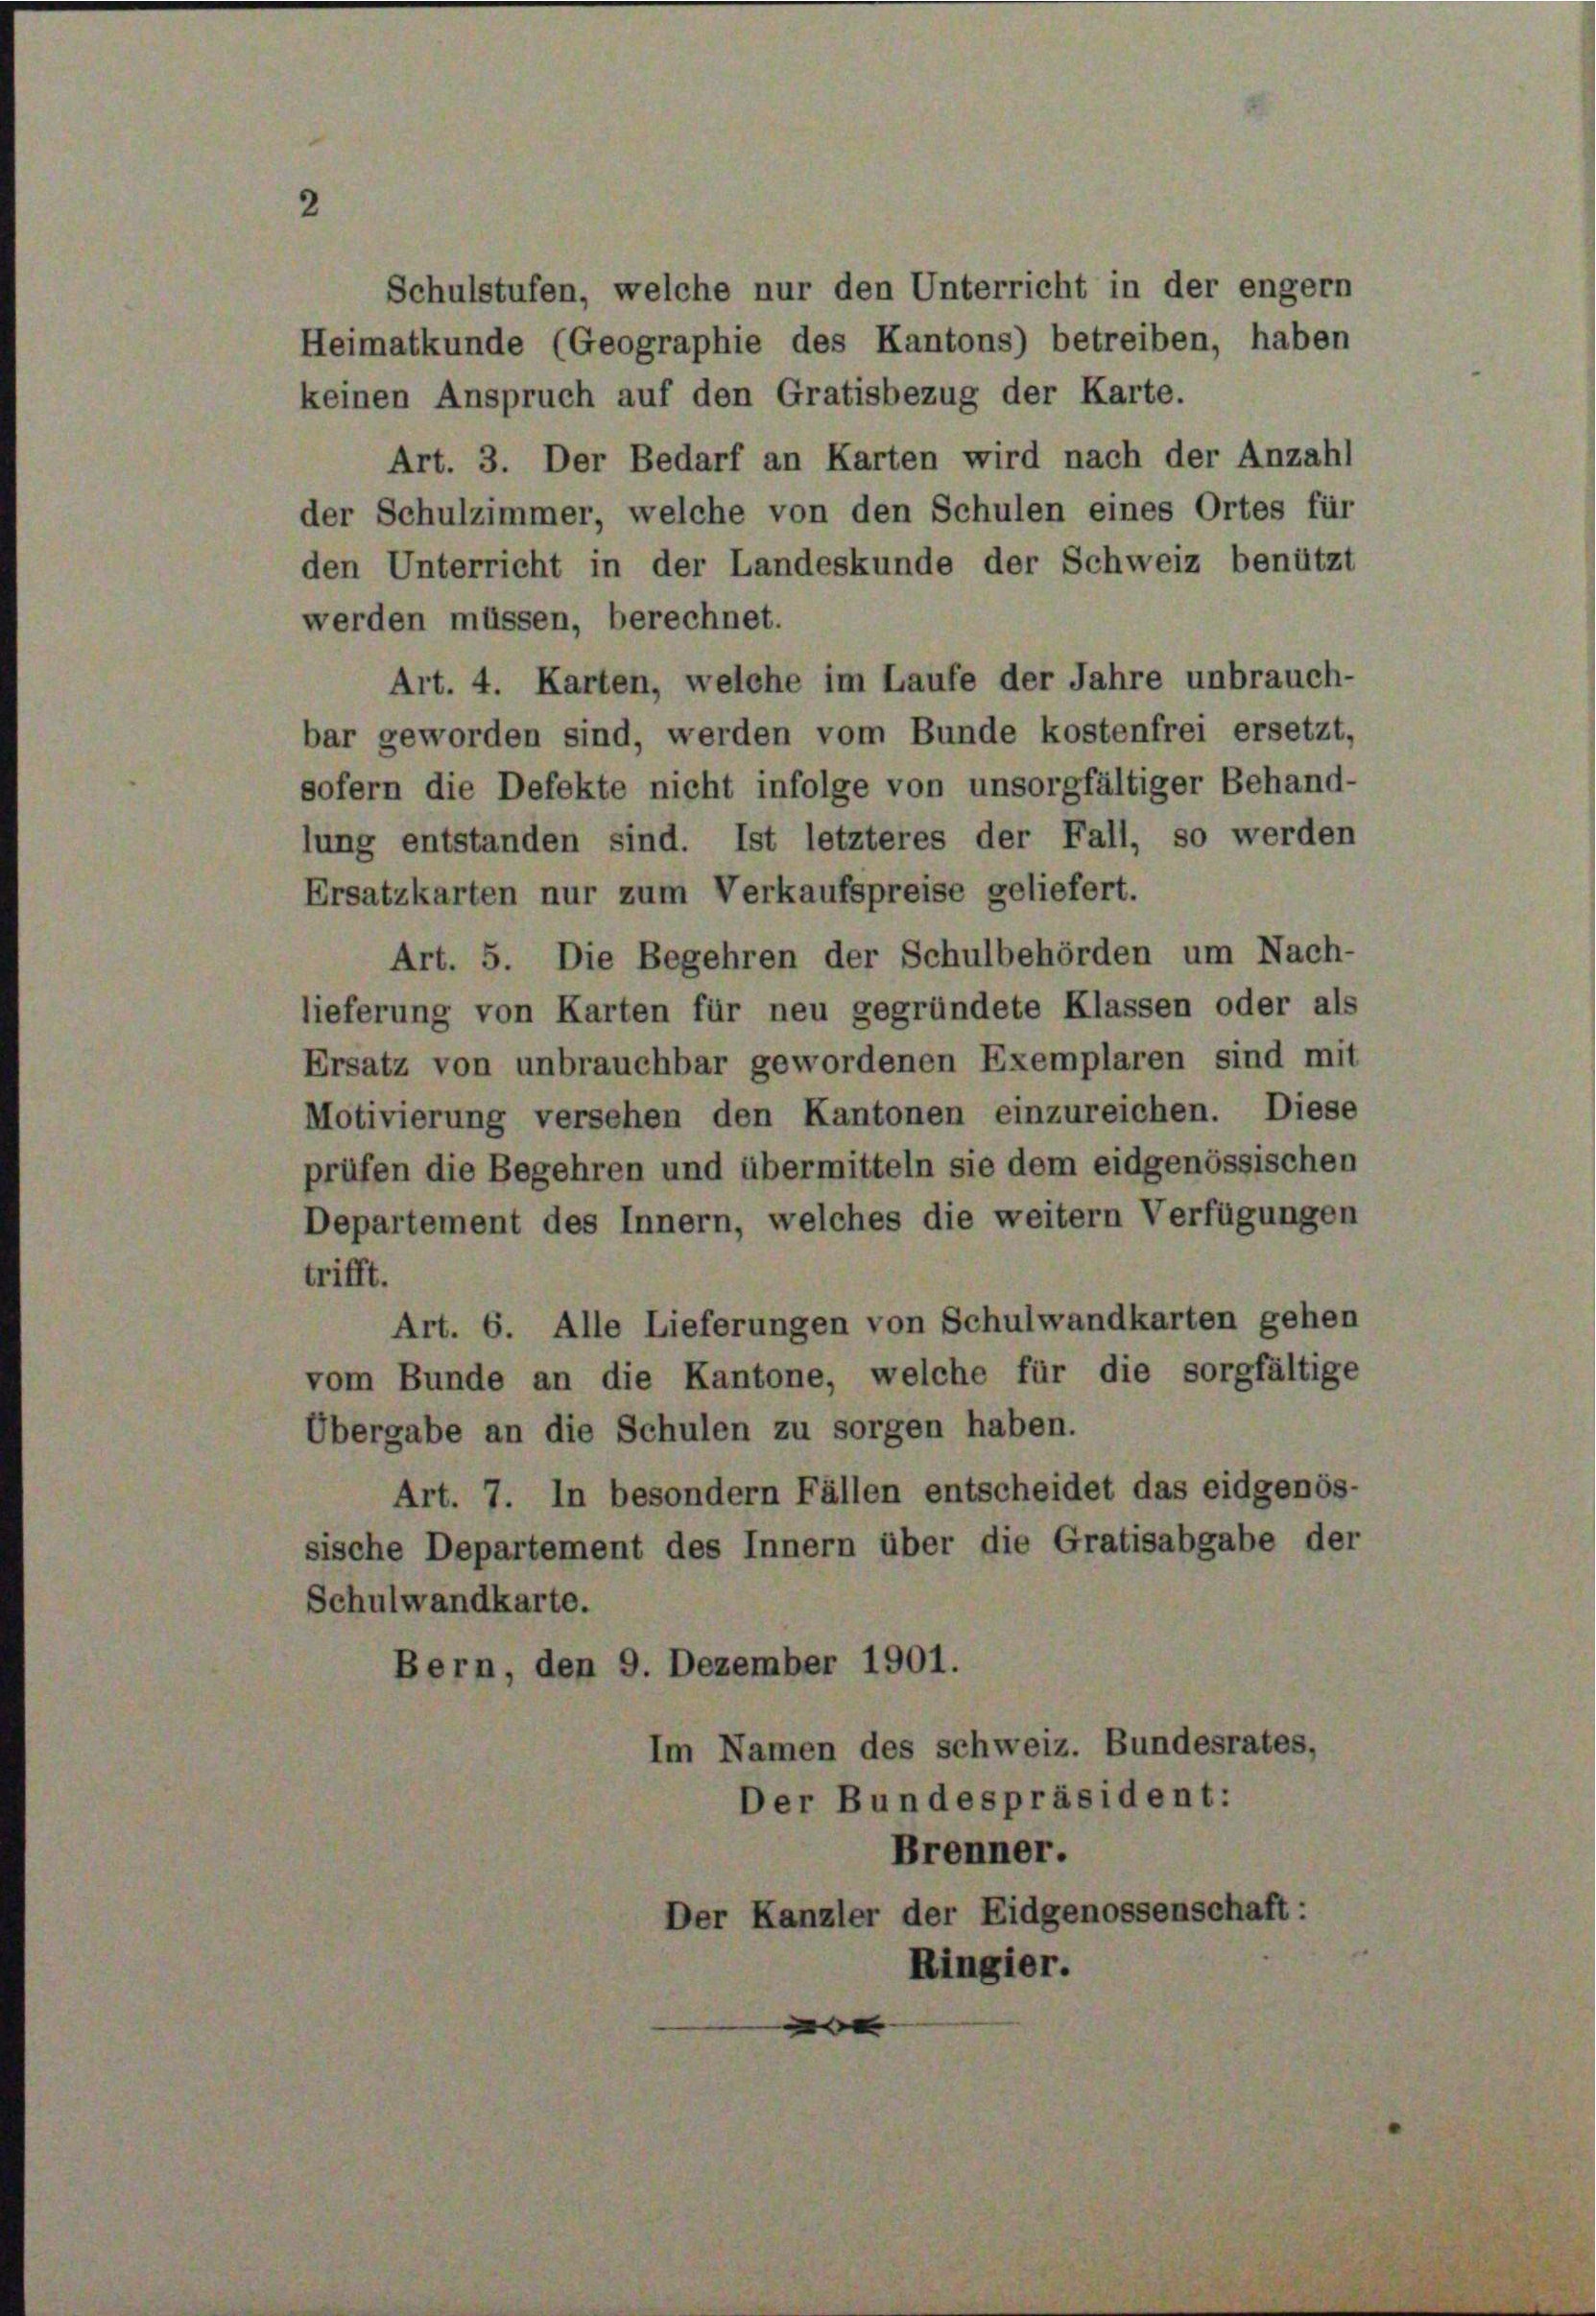
Schulstufen, welche nur den Unterricht in der engem
Heimatkunde (Geographie des Kantons) betreiben, haben
keinen Anspruch auf den Gratisbezug der Karte.
Art. 3. Der Bedarf an Karten wird nach der Anzahl
der Schulzimmer, welche von den Schulen eines Ortes für
den Unterricht in der Landeskunde der Schweiz benützt
werden müssen, berechnet.
Art. 4. Karten, welche im Laufe der Jahre unbrauch-
bar geworden sind, werden vom Bunde kostenfrei ersetzt,
sofern die Defekte nicht infolge von unsorgfältiger Behand-
lung entstanden sind. Ist letzteres der Fall, so werden
Ersatzkarten nur zum Verkaufspreise geliefert.
Art. 5. Die Begehren der Schulbehörden um Nach-
lieferung von Karten für neu gegründete Klassen oder als
Ersatz von unbrauchbar gewordenen Exemplaren sind mit
Motivierung versehen den Kantonen einzureichen. Diese
prüfen die Begehren und übermitteln sie dem eidgenössischen
Departement des Innern, welches die weitern Verfügungen
trifft.
Art. 6. Alle Lieferungen von Schulwandkarten gehen
vom Bunde an die Kantone, welche für die sorgfältige
Übergabe an die Schulen zu sorgen haben.
Art. 7. In besondern Fällen entscheidet das eidgenös-
sische Departement des Innern über die Gratisabgabe der
Schulwandkarte.
Bern, den 9. Dezember 1901.
Im Namen des schweiz. Bundesrates,
Der Bundespräsident:
Brenner.
Der Kanzler der Eidgenossenschaft:
Ringier.
e